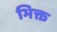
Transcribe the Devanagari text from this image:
भिक्त